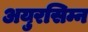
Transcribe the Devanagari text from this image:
अयुरसिम्न